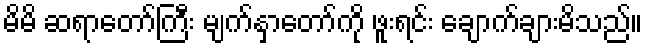
မိမိ ဆရာတော်ကြီး မျက်နှာတော်ကို ဖူးရင်း ချောက်ချားမိသည်။